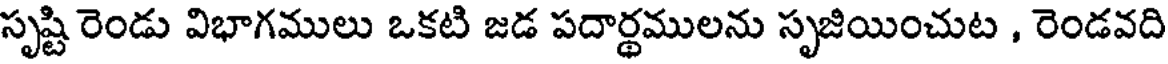
సృష్టి రెండు విభాగములు ఒకటి జడ పదార్థములను సృజియించుట , రెండవది